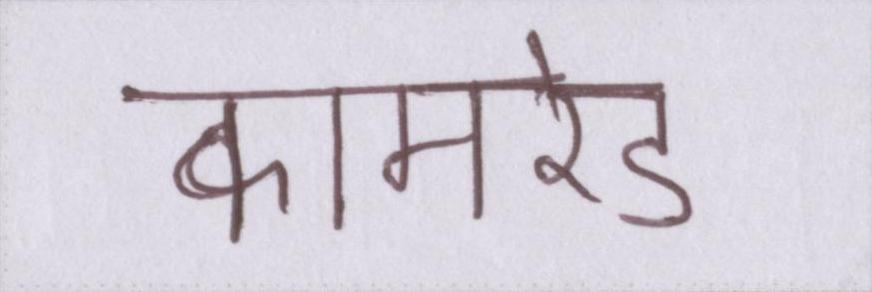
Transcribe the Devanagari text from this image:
कामरेड